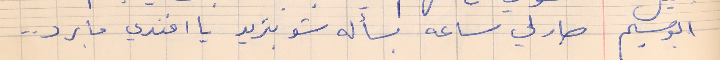
ابو سليم     صار لي ساعه بسأله شو بتريد يا افندي ما برد . .